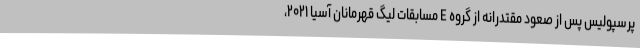
پرسپولیس پس از صعود مقتدرانه از گروه E مسابقات لیگ قهرمانان آسیا ۲۰۲۱،